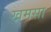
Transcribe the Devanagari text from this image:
खमसा